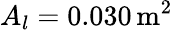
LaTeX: A_{l}=0.030\, \textrm{m}^{2}